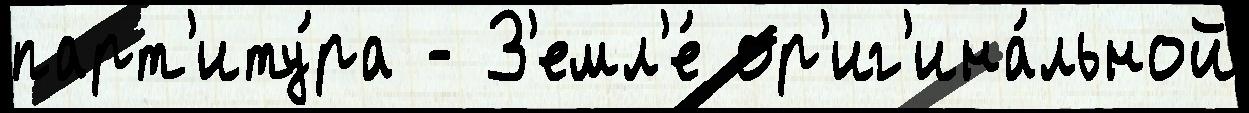
парт'иту́ра - З'емл'е́ ор'иг'ина́льной